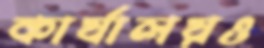
কার্যালয়ও